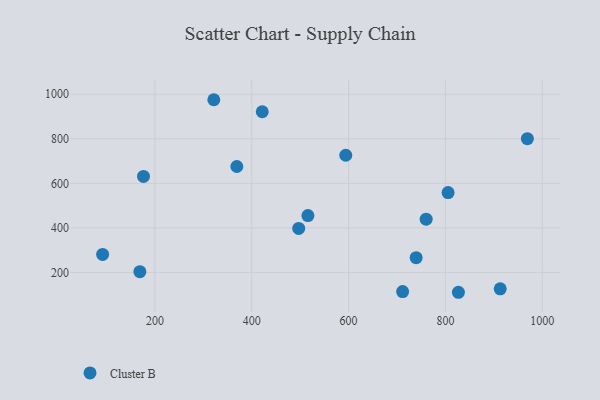
{"axis": {"x": "Investment", "y": "Profit"}, "legend": ["Cluster B"], "data": [{"x": "497.0", "y": 397.3, "type": "Cluster B"}, {"x": "913.1", "y": 126.5, "type": "Cluster B"}, {"x": "969.2", "y": 800.7, "type": "Cluster B"}, {"x": "805.5", "y": 558.4, "type": "Cluster B"}, {"x": "516.0", "y": 455.0, "type": "Cluster B"}, {"x": "421.7", "y": 921.3, "type": "Cluster B"}, {"x": "760.2", "y": 439.2, "type": "Cluster B"}, {"x": "826.8", "y": 110.8, "type": "Cluster B"}, {"x": "711.6", "y": 113.8, "type": "Cluster B"}, {"x": "739.5", "y": 266.0, "type": "Cluster B"}, {"x": "594.2", "y": 726.0, "type": "Cluster B"}, {"x": "321.7", "y": 975.4, "type": "Cluster B"}, {"x": "92.1", "y": 280.9, "type": "Cluster B"}, {"x": "369.2", "y": 675.6, "type": "Cluster B"}, {"x": "176.5", "y": 631.1, "type": "Cluster B"}, {"x": "169.0", "y": 203.1, "type": "Cluster B"}]}